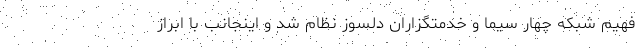
فهیم شبکه چهار سیما و خدمتگزاران دلسوز نظام شد و اینجانب با ابراز